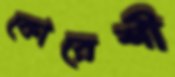
কোরেশী